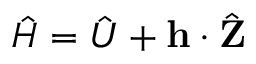
\hat { H } = { \hat { U } } + \mathbf { h } \cdot \hat { \mathbf { Z } }